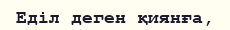
Еділ деген қиянға,